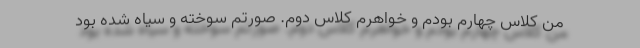
من کلاس چهارم بودم و خواهرم کلاس دوم. صورتم سوخته و سیاه شده‌ بود